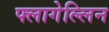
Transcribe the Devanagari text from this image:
फ्लागेल्लिन